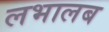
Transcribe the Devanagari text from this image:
लभालब